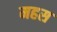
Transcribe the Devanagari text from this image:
महस